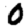
Digit: 0